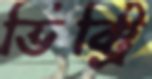
ভিক্ট্রি